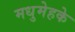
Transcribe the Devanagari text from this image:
मधुमेहके